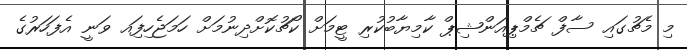
މި މެޗުގައި ސާފް ޗެމްޕިއަންޝިޕް ކާމިޔާބުކުރި ޓީމަށް ކޯޗުކޮށްދިނުމަށް ހަމަޖެހިފަިއ ވަނީ އެފަހަރުގެ